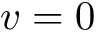
v = 0